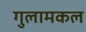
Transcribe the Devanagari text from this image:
गुलामकल